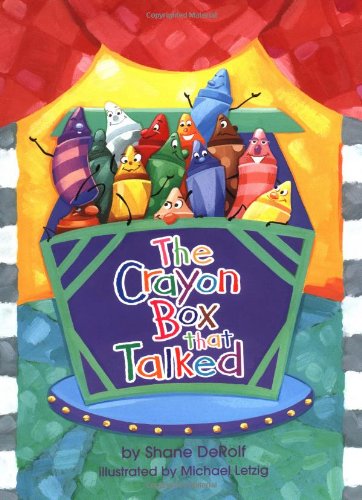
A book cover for The Crayon Box that Talked; Reference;